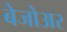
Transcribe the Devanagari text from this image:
बेजोअर